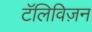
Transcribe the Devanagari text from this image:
टॅलिविज़न